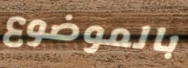
بالموضوع